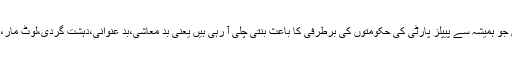
ہر بار ان کی حکومتیں کم و بیش اُنھی وجوہات کی نہاد پر برطرف ہوئیں جو ہمیشہ سے پیپلز پارٹی کی حکومتوں کی برطرفی کا باعث بنتی چلی آ رہی ہیں یعنی بد معاشی،بد عنوانی،دہشت گردی،لوٹ مار،اختیارات ر مکمل و بے نہاد گردت اور اس زمرے میں اداروں کی تباہی۔